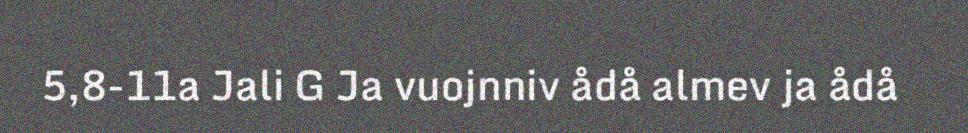
5,8-11a Jali G Ja vuojnniv ådå almev ja ådå